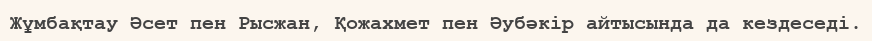
Жұмбақтау Әсет пен Рысжан, Қожахмет пен Әубәкір айтысында да кездеседі.